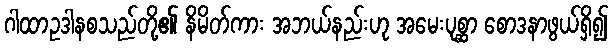
ဂါထာဥဒါနစသည်တို့၏ နိမိတ်ကား အဘယ်နည်းဟု အမေးပုစ္ဆာ စောဒနာဖွယ်ရှိ၍